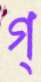
গ্